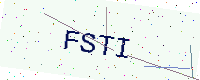
Text: FSTI